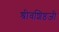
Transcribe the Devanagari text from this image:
श्रीवशिष्ठजी